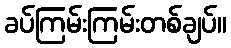
ခပ်ကြမ်းကြမ်းတစ်ချပ်။